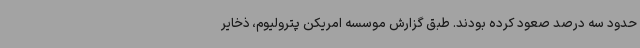
حدود سه درصد صعود کرده بودند. طبق گزارش موسسه امریکن پترولیوم، ذخایر